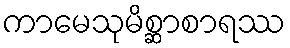
ကာမေသုမိစ္ဆာစာရဿ